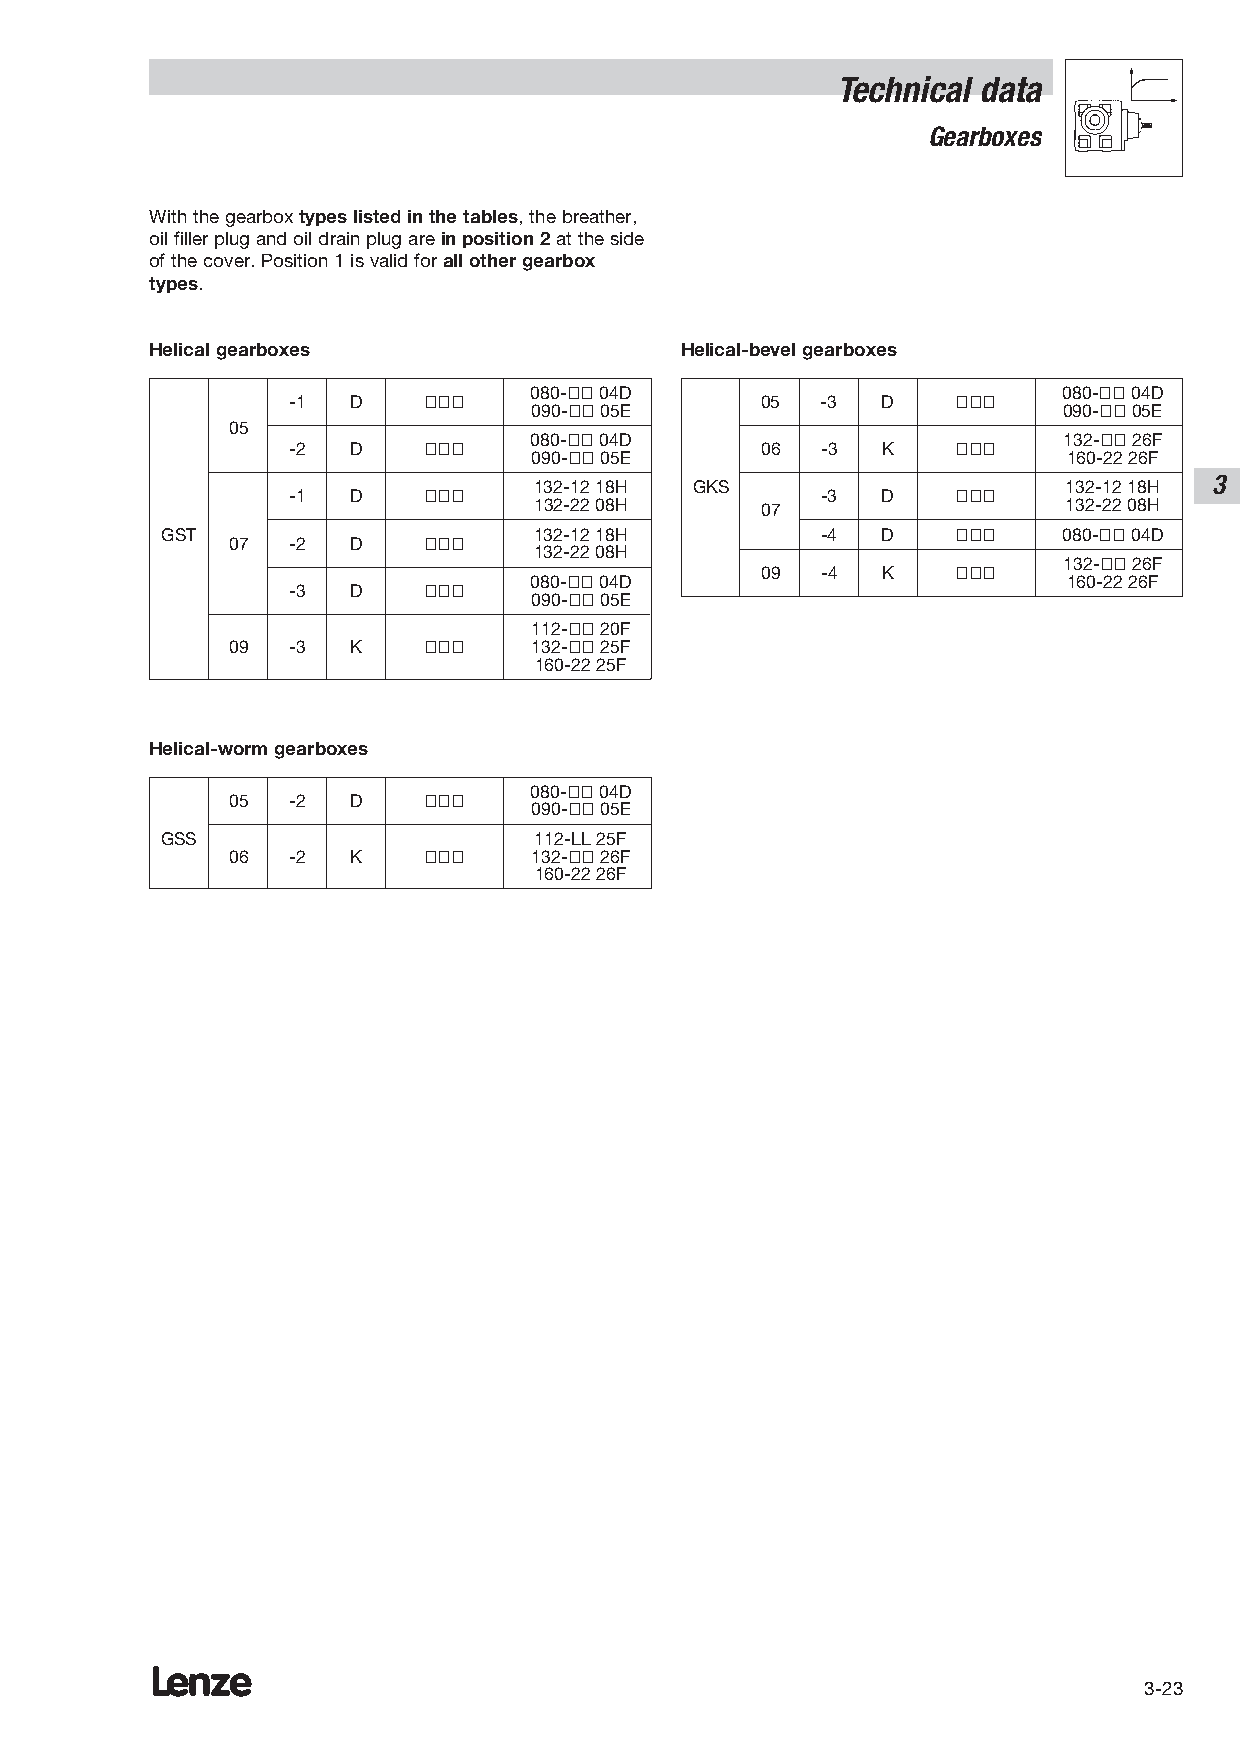
Technical data
 Gearboxes
 With the gearbox types listed in the tables, the breather,
 oil filler plug and oil drain plug are in position 2at the side
 of the cover. Position 1 is valid for all other gearbox
 types.
 Helical gearboxes                  Helical-bevel gearboxes
 080-ÇÇ04D                          080-ÇÇ04D
 -1  D    ÇÇÇ                   05  -3  D    ÇÇÇ
 090-ÇÇ05E                          090-ÇÇ 05E
 05
 080-ÇÇ04D                          132-ÇÇ26F
 -2  D    ÇÇÇ                   06  -3  K    ÇÇÇ
 090-ÇÇ05E                           160-22 26F
 3
 132-1218H  GKS                      132-1218H
 -1  D    ÇÇÇ                       -3  D    ÇÇÇ
 132-2208H      07                   132-22 08H
 GST                     132-1218H          -4  D    ÇÇÇ    080-ÇÇ04D
 07  -2  D    ÇÇÇ
 132-2208H
 132-ÇÇ26F
 09  -4  K    ÇÇÇ
 080-ÇÇ 04D                          160-22 26F
 -3  D    ÇÇÇ
 090-ÇÇ 05E
 112-ÇÇ20F
 09  -3  K    ÇÇÇ    132-ÇÇ25F
 160-2225F
 Helical-worm gearboxes
 080-ÇÇ 04D
 05  -2  D    ÇÇÇ
 090-ÇÇ 05E
 GSS                     112-LL 25F
 06  -2  K    ÇÇÇ    132-ÇÇ 26F
 160-22 26F
 Lenze
 3-23